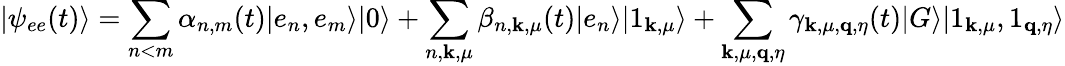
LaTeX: \vert\psi_{ee}(t)\rangle=\sum_{n<m}\alpha_{n,m}(t)\vert e_{n},e_{m}\rangle\vert 0\rangle+\sum_{n,\mathbf{k},\mu}\beta_{n,\mathbf{k},\mu}(t)\vert e_{n}\rangle\vert 1_{\mathbf{k},\mu}\rangle+\sum_{\mathbf{k},\mu,\mathbf{q},\eta}\gamma_{\mathbf{k},\mu,\mathbf{q},\eta}(t)\vert G\rangle\vert 1_{\mathbf{k},\mu},1_{\mathbf{q},\eta}\rangle